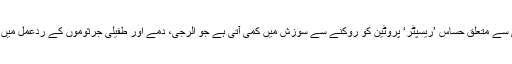
انہیں معلوم ہوا کہ چینی سے متعلق حساس ’ریسپٹر‘ پروٹین کو روکنے سے سوزش میں کمی آتی ہے جو الرجی، دمے اور طفیلی جرثوموں کے ردعمل میں اہم کردار ادا کرتی ہے۔